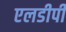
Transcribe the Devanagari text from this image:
एलडीपी